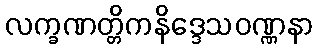
လက္ခဏတ္တိကနိဒ္ဒေသဝဏ္ဏနာ